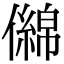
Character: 㒙